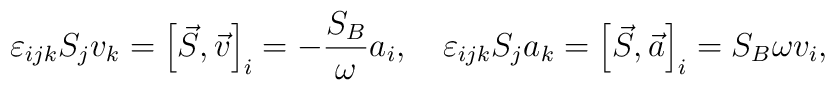
\varepsilon_{ijk}S_jv_k=\left[\vec{S}, \vec{v}\right]_i=-\frac{S_B}{\omega}a_i, \quad\varepsilon_{ijk}S_ja_k=\left[\vec{S}, \vec{a}\right]_i={S_B}{\omega}v_i,